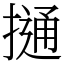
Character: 𢳟